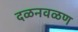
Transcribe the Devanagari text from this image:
दळनवळण